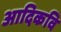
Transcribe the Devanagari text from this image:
अादिकवि